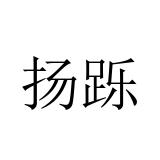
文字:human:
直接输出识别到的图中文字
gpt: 扬跞